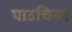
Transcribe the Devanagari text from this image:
पाउचिन्ग